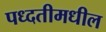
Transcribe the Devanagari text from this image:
पध्दतीमधील